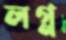
লগ্ন